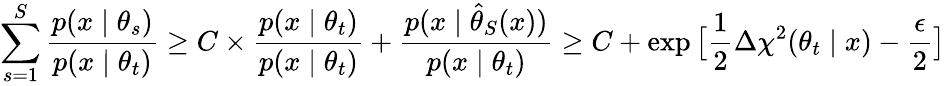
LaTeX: \sum_{s=1}^{S}\frac{p(x\mid\theta_{s})}{p(x\mid\theta_{t})}\ge C\times\frac{p(x\mid\theta_{t})}{p(x\mid\theta_{t})}+\frac{p(x\mid\hat{\theta}_{S}(x))}{p(x\mid\theta_{t})}\ge C+\exp\big[\frac{1}{2}\Delta\chi^{2}(\theta_{t}\mid x)-\frac{\epsilon}{2}\big]